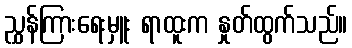
ညွှန်ကြားရေးမှူး ရာထူးက နှုတ်ထွက်သည်။